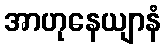
အာဟုနေယျာနံ